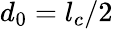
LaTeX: d_{0}=l_{c}/2